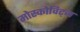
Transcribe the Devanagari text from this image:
मोस्कोविट्ज